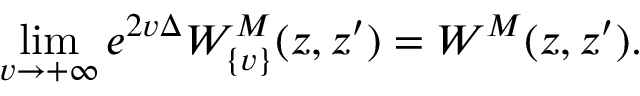
\operatorname * { l i m } _ { v \to { + \infty } } e ^ { 2 v \Delta } { W } _ { \{ v \} } ^ { M } ( z , z ^ { \prime } ) = { W } ^ { M } ( z , z ^ { \prime } ) .